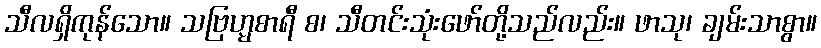
သီလရှိကုန်သော။ သဗြဟ္မစာရီ စ၊ သီတင်းသုံးဖော်တို့သည်လည်း။ ဖာသု၊ ချမ်းသာစွာ။